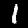
Digit: 1